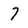
Character: 7